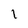
Character: l